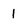
Character: l